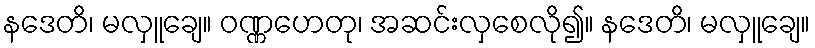
နဒေတိ၊ မလှူချေ။ ဝဏ္ဏဟေတု၊ အဆင်းလှစေလို၍။ နဒေတိ၊ မလှူချေ။